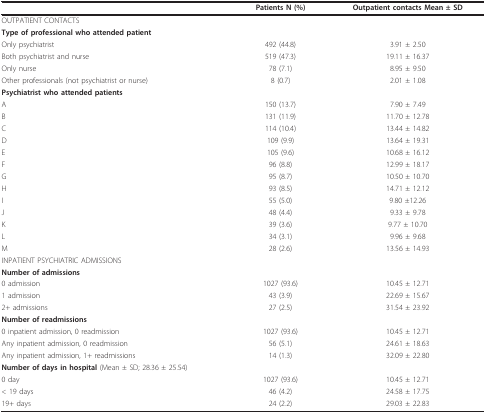
|  | Patients N (%) | Outpatient contacts Mean ± SD |
 | --- | --- | --- |
 | <COLSPAN=3> OUTPATIENT CONTACTS |
 | Type of professional who attended patient |  |  |
 | Only psychiatrist | 492 (44.8) | 3.91 ± 2.50 |
 | Both psychiatrist and nurse | 519 (47.3) | 19.11 ± 16.37 |
 | Only nurse | 78 (7.1) | 8.95 ± 9.50 |
 | Other professionals (not psychiatrist or nurse) | 8 (0.7) | 2.01 ± 1.08 |
 | Psychiatrist who attended patients |  |  |
 | A | 150 (13.7) | 7.90 ± 7.49 |
 | B | 131 (11.9) | 11.70 ± 12.78 |
 | C | 114 (10.4) | 13.44 ± 14.82 |
 | D | 109 (9.9) | 13.64 ± 19.31 |
 | E | 105 (9.6) | 10.68 ± 16.12 |
 | F | 96 (8.8) | 12.99 ± 18.17 |
 | G | 95 (8.7) | 10.50 ± 10.70 |
 | H | 93 (8.5) | 14.71 ± 12.12 |
 | I | 55 (5.0) | 9.80 ±12.26 |
 | J | 48 (4.4) | 9.33 ± 9.78 |
 | K | 39 (3.6) | 9.77 ± 10.70 |
 | L | 34 (3.1) | 9.96 ± 9.68 |
 | M | 28 (2.6) | 13.56 ± 14.93 |
 | INPATIENT PSYCHIATRIC ADMISSIONS |  |  |
 | Number of admissions |  |  |
 | 0 admission | 1027 (93.6) | 10.45 ± 12.71 |
 | 1 admission | 43 (3.9) | 22.69 ± 15.67 |
 | 2+ admissions | 27 (2.5) | 31.54 ± 23.92 |
 | Number of readmissions |  |  |
 | 0 inpatient admission, 0 readmission | 1027 (93.6) | 10.45 ± 12.71 |
 | Any inpatient admission, 0 readmission | 56 (5.1) | 24.61 ± 18.63 |
 | Any inpatient admission, 1+ readmissions | 14 (1.3) | 32.09 ± 22.80 |
 | Number of days in hospital (Mean ± SD; 28.36 ± 25.54) |  |  |
 | 0 day | 1027 (93.6) | 10.45 ± 12.71 |
 | < 19 days | 46 (4.2) | 24.58 ± 17.75 |
 | 19+ days | 24 (2.2) | 29.03 ± 22.83 |